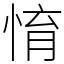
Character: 㥔